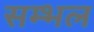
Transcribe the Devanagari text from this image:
सम्‍भल